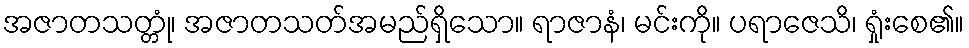
အဇာတသတ္တုံ၊ အဇာတသတ်အမည်ရှိသော။ ရာဇာနံ၊ မင်းကို။ ပရာဇေသိ၊ ရှုံးစေ၏။